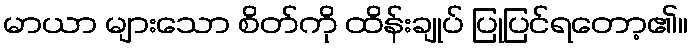
မာယာ များသော စိတ်ကို ထိန်းချုပ် ပြုပြင်ရတော့၏။